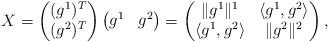
LaTeX: \begin{align*} X=\begin{pmatrix} (g^1)^T \\ (g^2)^T \end{pmatrix}\begin{pmatrix} g^1 & g^2 \end{pmatrix} =\begin{pmatrix} \|g^1\|^1 & \langle g^1,g^2\rangle \\ \langle g^1,g^2\rangle & \|g^2\|^2 \end{pmatrix},\end{align*}